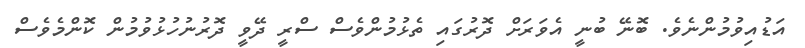
އަޑުއިވުމުންނެވެ. ބޮނޭ ބުނީ އެވަރަށް ދޮރުގައި ތެޅުމުންވެސް ސްރީ ދޭވީ ދޮރުނުހުޅުވުމުން ކޮންމެވެސް